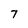
Character: 7